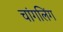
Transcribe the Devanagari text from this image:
चांगलिंग